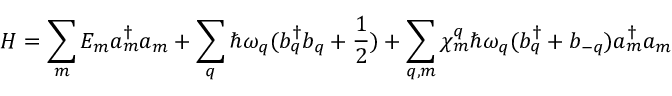
H = \sum _ { m } E _ { m } a _ { m } ^ { \dagger } a _ { m } + \sum _ { q } \hbar \omega _ { q } ( b _ { q } ^ { \dagger } b _ { q } + \frac { 1 } { 2 } ) + \sum _ { q , m } \chi _ { m } ^ { q } \hbar \omega _ { q } ( b _ { q } ^ { \dagger } + b _ { - q } ) a _ { m } ^ { \dagger } a _ { m }